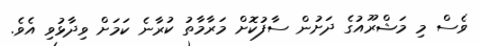
ވެސް މި މަޝްރޫއުގެ ދަށުން ސާފުކޮށް މަރާމާތު ކުރާނެ ކަމަށް ވިދާޅުވި އެވެ.